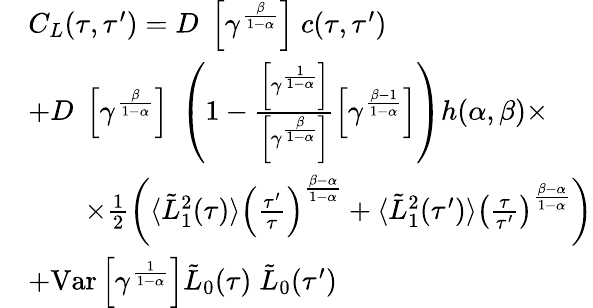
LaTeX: \begin{array}{rl}&{C_{L}(\tau,\tau^{\prime})=D\; \left[\gamma^{\frac{\beta}{1-\alpha}}\right]\; c(\tau,\tau^{\prime})}\\ &{+D\; \left[\gamma^{\frac{\beta}{1-\alpha}}\right]\; \left(1-\frac{\left[\gamma^{\frac{1}{1-\alpha}}\right]}{\left[\gamma^{\frac{\beta}{1-\alpha}}\right]}\left[\gamma^{\frac{\beta-1}{1-\alpha}}\right]\right)h(\alpha,\beta)\times}\\ &{\qquad\times\frac{1}{2}\left(\langle\tilde{L}_{1}^{2}(\tau)\rangle\left(\frac{\tau^{\prime}}{\tau}\right)^{\frac{\beta-\alpha}{1-\alpha}}+\langle\tilde{L}_{1}^{2}(\tau^{\prime})\rangle\left(\frac{\tau}{\tau^{\prime}}\right)^{\frac{\beta-\alpha}{1-\alpha}}\right)}\\ &{+\mathrm{Var}\left[\gamma^{\frac{1}{1-\alpha}}\right]\tilde{L}_{0}(\tau)\; \tilde{L}_{0}(\tau^{\prime})}\end{array}